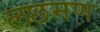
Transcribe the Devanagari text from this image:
लछमण